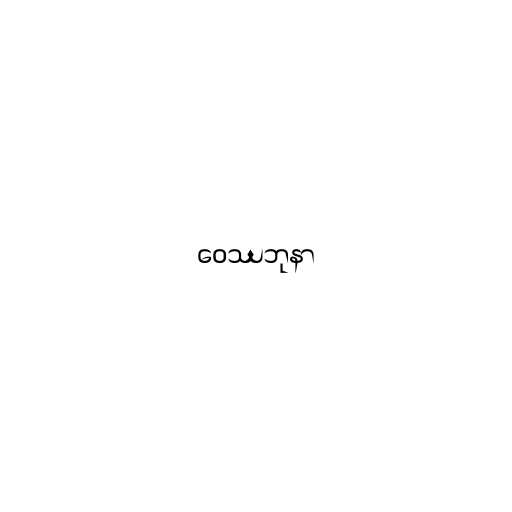
ဝေဿဘုနာ